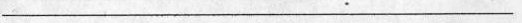
___